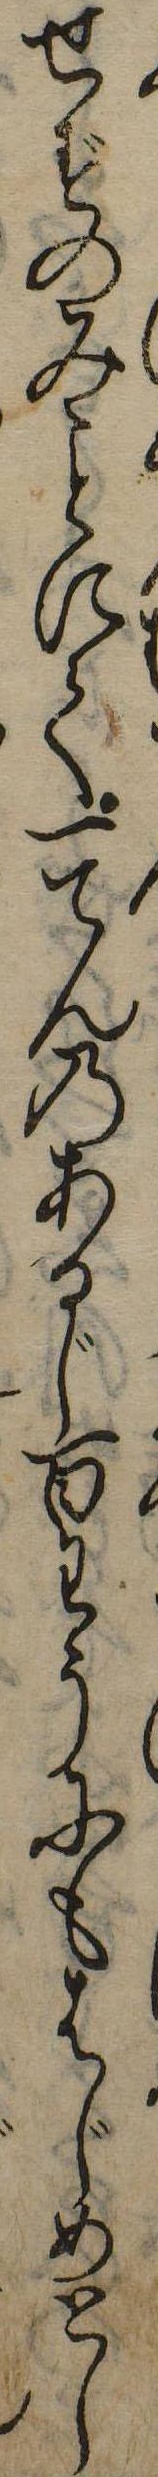
せずのみにて一てんのあるじ百わうにもはじめとし